Civil Veterinary Department. United Provinces 1923-31 - 1923-1931
Year: 1923
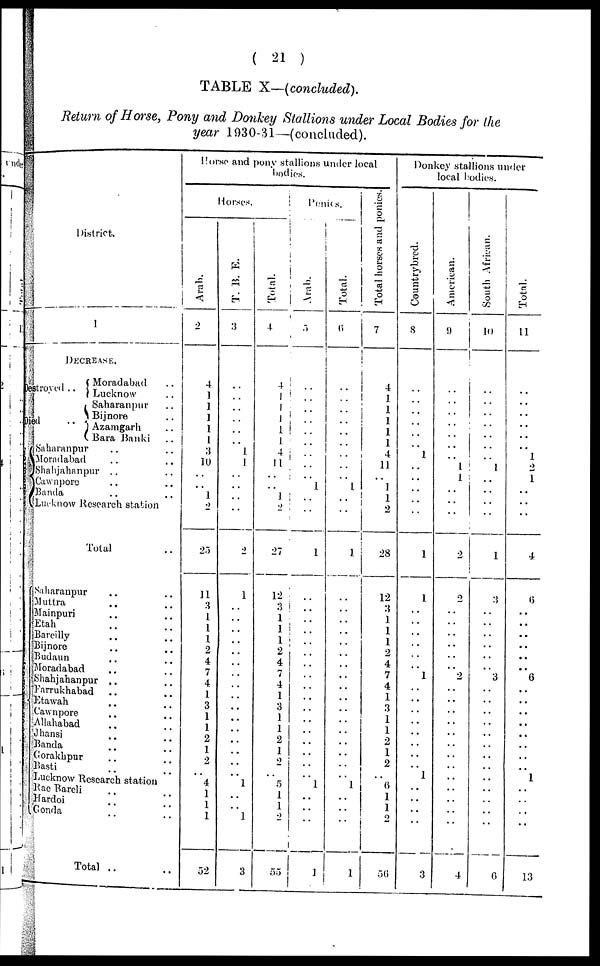
( 21 )
TABLE X—(concluded).
Return of Horse, Pony and Donkey Stallions under Local Bodies for the
year 1930-31—(concluded).
District.
1
DECREASE.
Destroyed ..
Died ..
Moradabad ..
Lucknow ..
Saharanpur ..
Bijnore ..
Azamgarh ..
Bara Banki ..
Saharanpur .. ..
Morndabad .. ..
Shahjahanpur .. ..
Cawnpore .. ..
Banda .. ..
Lucknow Research station
Total ..
Saharanpur .. ..
Muttra .. ..
Mainpuri .. ..
Etah .. ..
Bareilly .. ..
Bijnore .. ..
Budaun .. ..
Moradabad .. ..
Shahjahanpur .. ..
Farrukhabad .. ..
Etawah .. ..
Cawnpore .. ..
Allahabad .. ..
Jhansi .. ..
Banda .. ..
Gorakhpur .. ..
Basti .. ..
Lucknow Research station
Rae Bareli .. ..
Hardoi .. ..
Gonda .. ..
Total .. ..
Horse and pony stallions under local
bodies.
Horses.
Arab.
2
4
1
1
1
1
1
3
10
..
..
1
2
25
11
3
1
1
1
2
4
7
4
1
3
1
1
2
1
2
..
4
1
1
1
52
T. B. E.
3
..
..
..
..
..
..
1
1
..
..
..
..
2
1
..
..
..
..
..
..
..
..
..
..
..
..
..
..
..
..
1
..
..
1
3
Total.
4
4
1
1
1
1
1
4
11
..
..
11
2
27
12
3
1
1
1
2
4
7
4
1
3
1
1
2
1
2
..
5
1
1
2
55
Ponies.
Arab.
5
..
..
..
..
..
..
..
..
..
1
..
..
1
..
..
..
..
..
..
..
..
..
..
..
..
..
..
..
..
..
1
..
..
..
1
Total.
6
..
..
..
..
..
..
..
..
1
..
..
1
..
..
..
..
..
..
..
..
..
..
..
..
..
..
..
..
..
1
..
..
..
1
Total horses and ponies.
7
4
1
1
1
1
1
4
11
..
1
1
2
28
12
3
1
1
1
2
4
7
4
1
3
1
1
2
1
2
..
6
1
1
2
50
Donkey stallions under
local bodies.
Countrybred.
8
..
..
..
..
..
..
1
..
..
..
..
..
1
1
..
..
..
..
..
..
1
..
..
..
..
..
..
..
..
1
..
..
..
..
3
Ame r
ic
a n.
9 I
..
..
..
..
..
..
..
1
1
..
..
..
2
2
..
..
..
..
..
..
2
..
..
..
..
..
..
..
..
..
..
..
..
..
4
South Af r i
can.
10
..
..
..
..
..
..
..
..
..
..
..
..
..
1
3
..
..
..
.. ..
.. 3
..
..
..
..
..
..
..
..
..
..
..
..
..
6
Total.
11
..
..
..
..
..
..
1
2
1
..
..
..
4
6
..
..
..
..
..
..
6
..
..
..
..
..
..
..
..
1
..
..
..
..
13